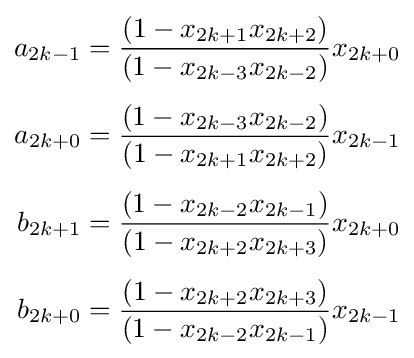
{\begin{aligned}a_{2k-1}&={\frac {(1-x_{2k+1}x_{2k+2})}{(1-x_{2k-3}x_{2k-2})}}x_{2k+0}\\[4pt]a_{2k+0}&={\frac {(1-x_{2k-3}x_{2k-2})}{(1-x_{2k+1}x_{2k+2})}}x_{2k-1}\\[4pt]b_{2k+1}&={\frac {(1-x_{2k-2}x_{2k-1})}{(1-x_{2k+2}x_{2k+3})}}x_{2k+0}\\[4pt]b_{2k+0}&={\frac {(1-x_{2k+2}x_{2k+3})}{(1-x_{2k-2}x_{2k-1})}}x_{2k-1}\end{aligned}}